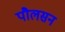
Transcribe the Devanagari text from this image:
पौलसन